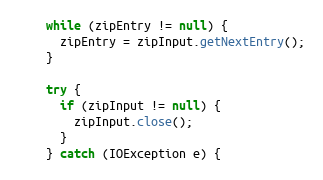
Language: Java
    while (zipEntry != null) {
      zipEntry = zipInput.getNextEntry();
    }

    try {
      if (zipInput != null) {
        zipInput.close();
      }
    } catch (IOException e) {